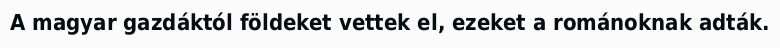
A magyar gazdáktól földeket vettek el, ezeket a románoknak adták.